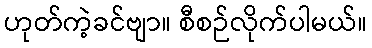
ဟုတ်ကဲ့ခင်ဗျာ။ စီစဉ်လိုက်ပါမယ်။